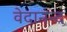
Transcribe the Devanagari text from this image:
वेदानन्द